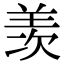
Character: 羡